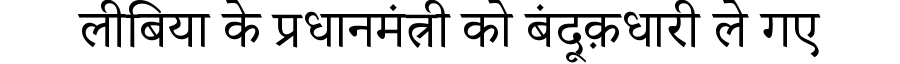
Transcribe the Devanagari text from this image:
लीबिया के प्रधानमंत्री को बंदूक़धारी ले गए